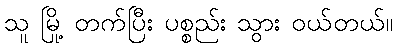
သူ မြို့ တက်ပြီး ပစ္စည်း သွား ဝယ်တယ်။